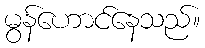
မွန်ဟောင်နေသည်။